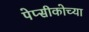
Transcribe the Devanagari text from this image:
पेप्सीकोच्या